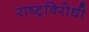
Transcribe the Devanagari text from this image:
राष्‍ट्रविरोधी